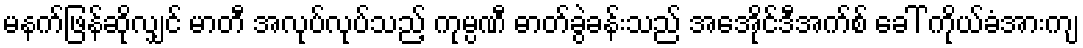
မနက်ဖြန်ဆိုလျှင် မာတီ အလုပ်လုပ်သည့် ကုမ္ပဏီ ဓာတ်ခွဲခန်းသည် အေအိုင်ဒီအက်စ် ခေါ် ကိုယ်ခံအားကျ